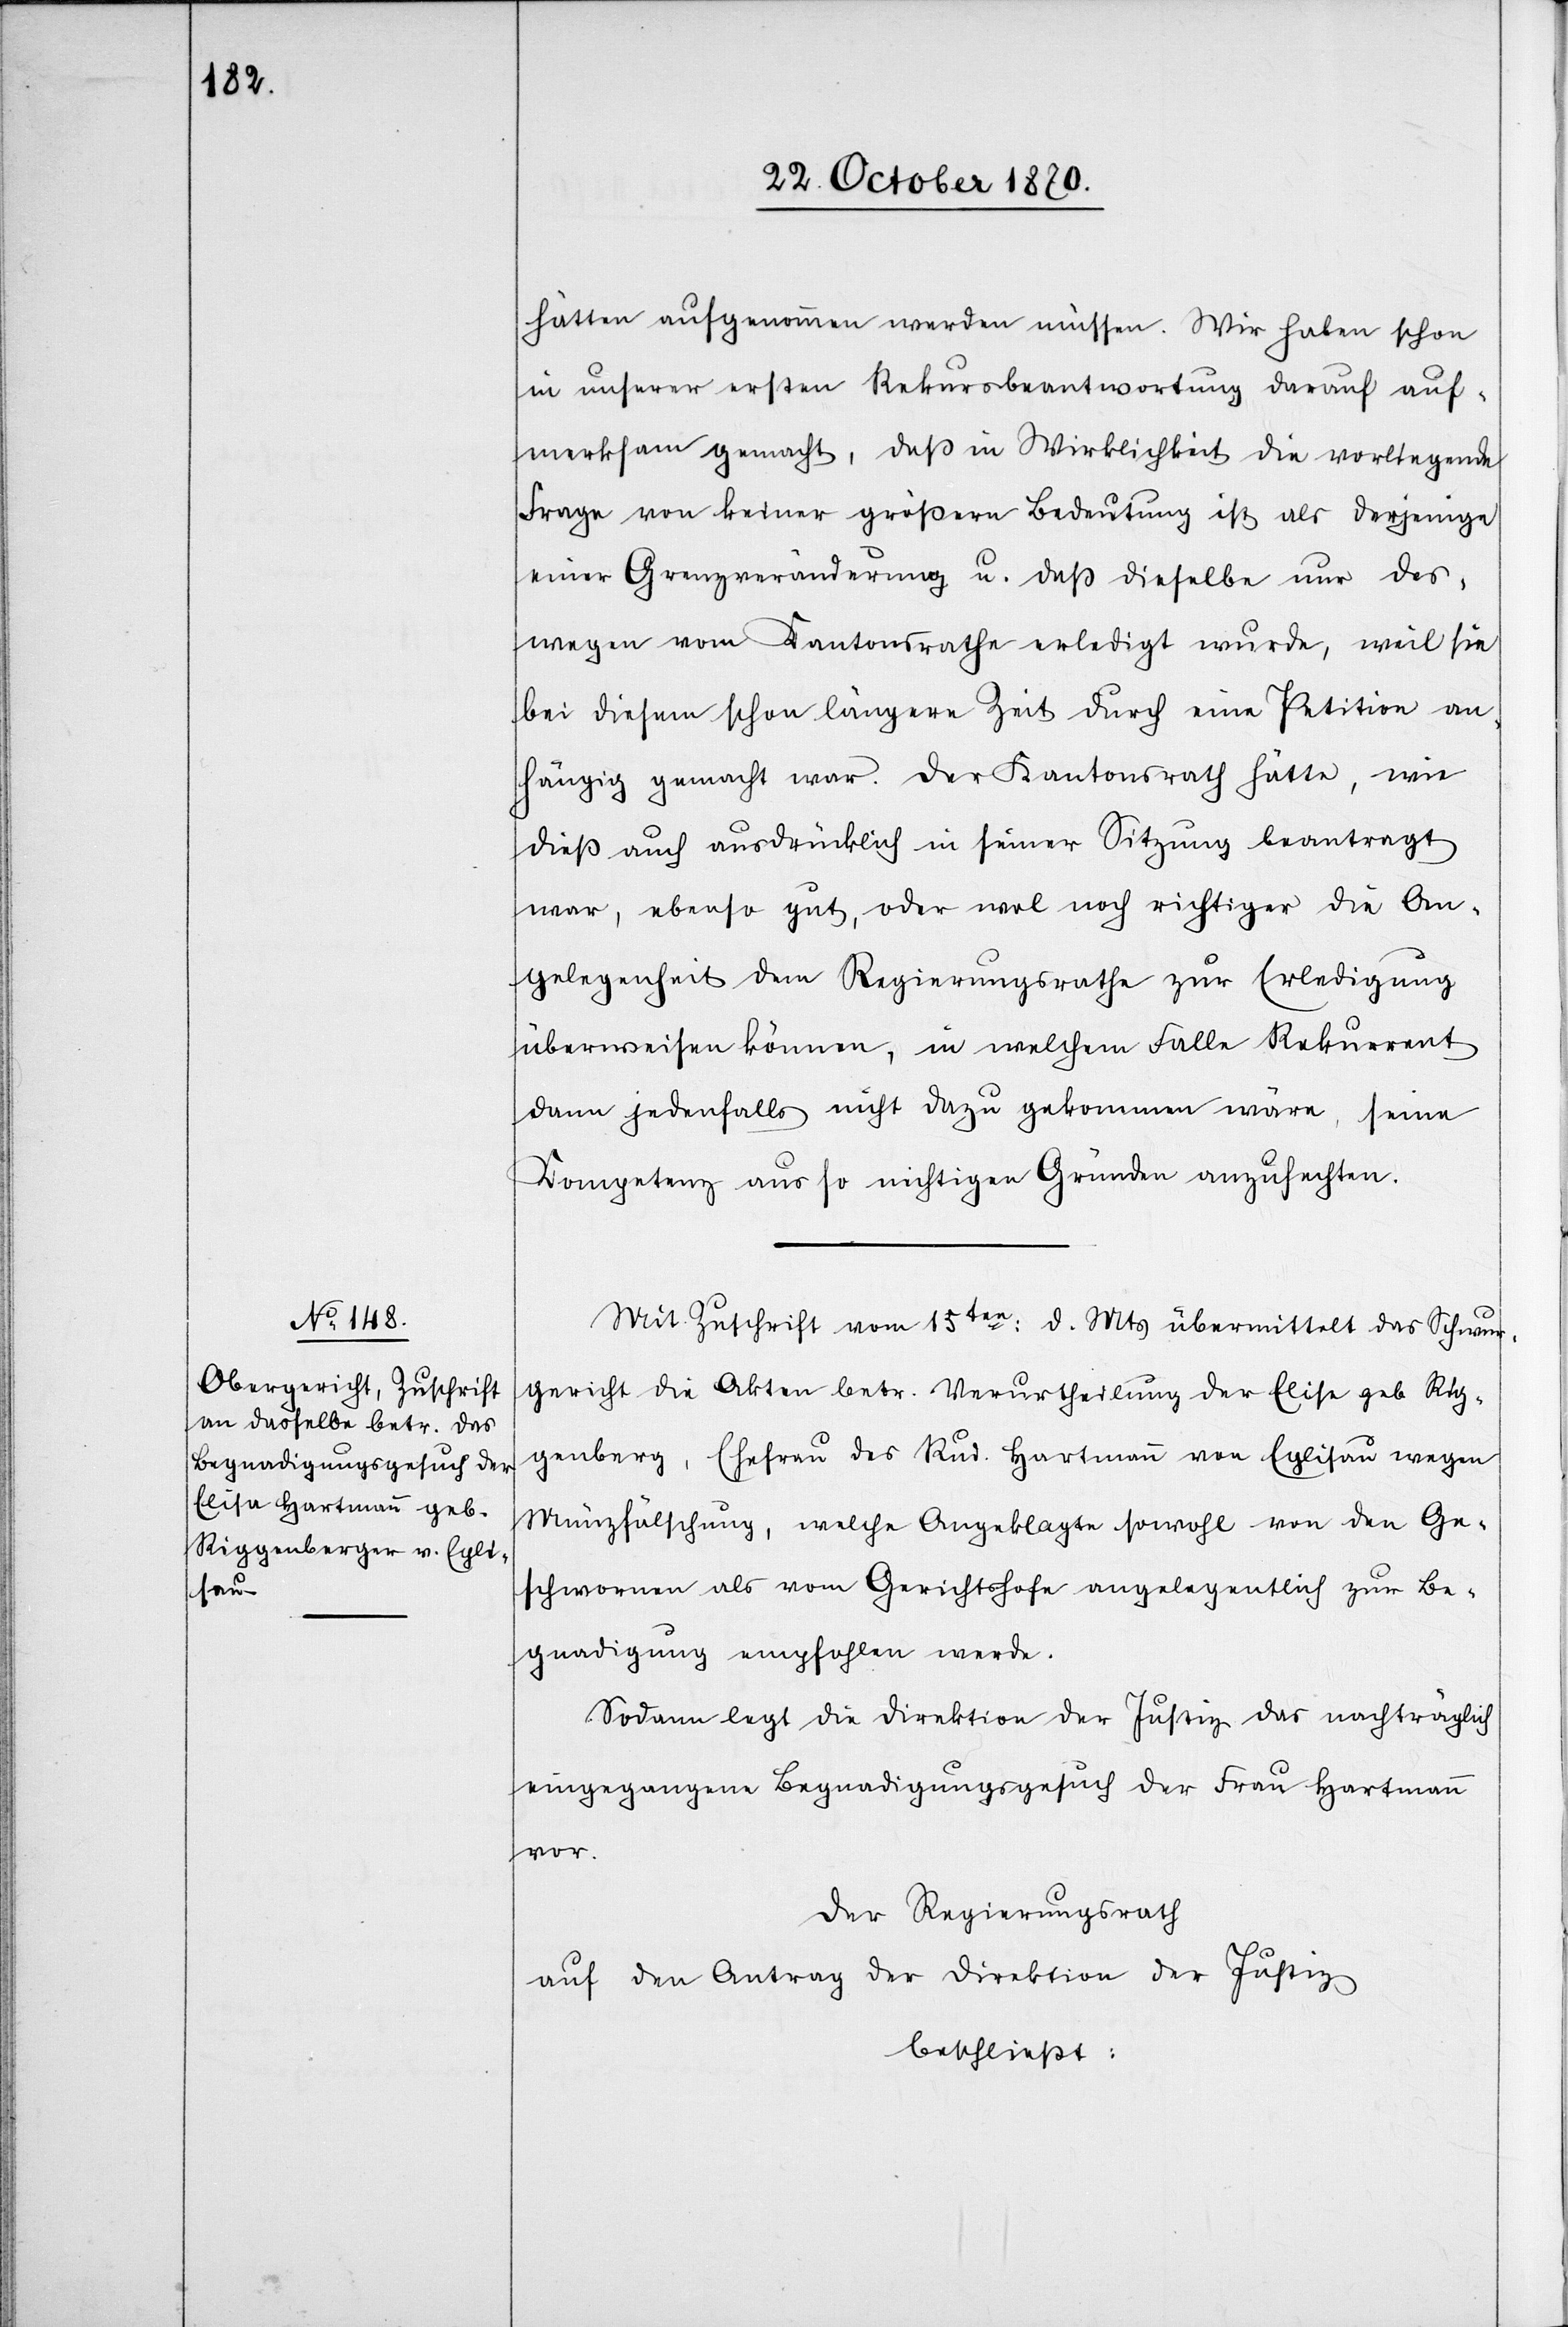
hätten aufgenommen werden müssen. Wir haben schon
in unserer ersten Rekursbeantwortung darauf auf¬
merksam gemacht, daß in Wirklichkeit die vorliegende
Frage von keiner größeren Bedeutung ist als derjenige
einer Grenzveränderung u. daß dieselbe nur des¬
wegen vom Kantonsrathe erledigt wurde, weil sie
bei diesem schon längere Zeit durch eine Petition an¬
hängig gemacht war. Der Kantonsrath hätte, wie
dieß auch ausdrücklich in seiner Sitzung beantragt
war, ebenso gut, oder wol noch richtiger die An¬
gelegenheit dem Regierungsrathe zur Erledigung
überweisen können, in welchem Falle Rekurrent
dann jedenfalls nicht dazu gekommen wäre, seine
Kompetenz aus so nichtigen Gründen anzufechten.
Mit Zuschrift vom 15ten d. Mts. übermittelt das Schwur¬
gericht die Akten betr. Verurtheilung der Elise [sic!] geb. Rig¬
genberg [sic!], Ehefrau des Rud. Hartmann von Eglisau wegen
Münzfälschung, welche Angeklagte sowohl von den Ge¬
schworenen als vom Gerichtshofe angelegentlich zur Be¬
gnadigung empfohlen werde.
Sodann legt die Direktion der Justiz das nachträglich
eingegangene Begnadigungsgesuch der Frau Hartmann
vor.
Der Regierungsrath
auf den Antrag der Direktion der Justiz
beschließt: